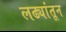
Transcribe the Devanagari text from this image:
लढ्यांतून